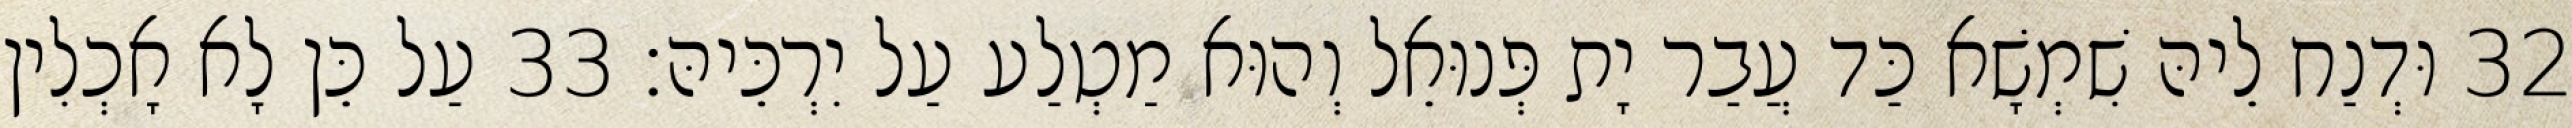
32 וּדְנַח לֵיהּ שִׁמְשָׁא כַּד עֲבַר יָת פְּנוּאֵל וְהוּא מַטְלַע עַל יִרְכֵּיהּ׃ 33 עַל כֵּן לָא אָכְלִין